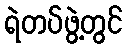
ရဲတပ်ဖွဲ့တွင်